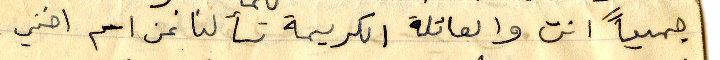
جميعاً انت والعائلة الكريمة تسألنا عن اسم اختي